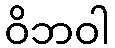
ဝိဘဝါ